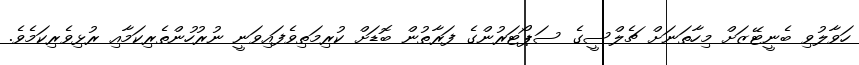
ހަވާލުވި ބެނީޓޭޒަށް މިހާތަނަށް ޗެލްސީގެ ސަޕޯޓަރުންގެ ފަރާތުން ބޮޑަށް ކުރިމަތިވެފައިވަނީ ނުރުހުންތެރިކަމާއި ރުޅިވެރިކަމެވެ.